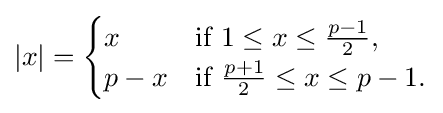
|x|={\begin{cases}x&{\mbox{if }}1\leq x\leq {\frac {p-1}{2}},\\p-x&{\mbox{if }}{\frac {p+1}{2}}\leq x\leq p-1.\end{cases}}